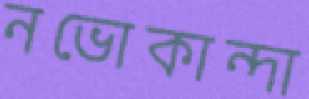
নভোকান্দা